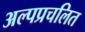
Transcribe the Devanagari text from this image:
अल्पप्रचलित